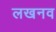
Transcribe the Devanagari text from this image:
लखनव